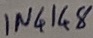
Text: IN4148